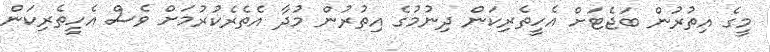
މީގެ އިތުރުން ބަޖެޓަށް އެހީތެރިކަން ދިނުމުގެ އިތުރުން މުދާ އެތެރެކުރުމަށް ވެސް އެހީތެރިކަން